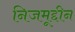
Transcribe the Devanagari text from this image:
निजमूद्दीन